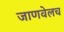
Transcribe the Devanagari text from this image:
जाणवेलच